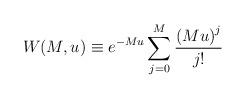
LaTeX: \begin{align*}W (M, u) \equiv e^{-Mu} \sum_{j=0}^{M} {\left( Mu \right)^j \over j! }\end{align*}